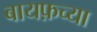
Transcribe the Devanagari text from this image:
बायफ़च्या